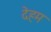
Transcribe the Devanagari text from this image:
देहम